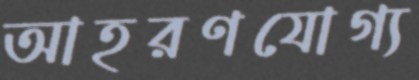
আহরণযোগ্য